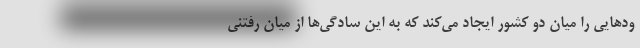
ودهایی را میان دو کشور ایجاد می‌کند که به این سادگی‌ها از میان رفتنی